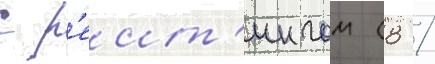
с р'еит'ингом (8 /